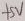
Text: +5V